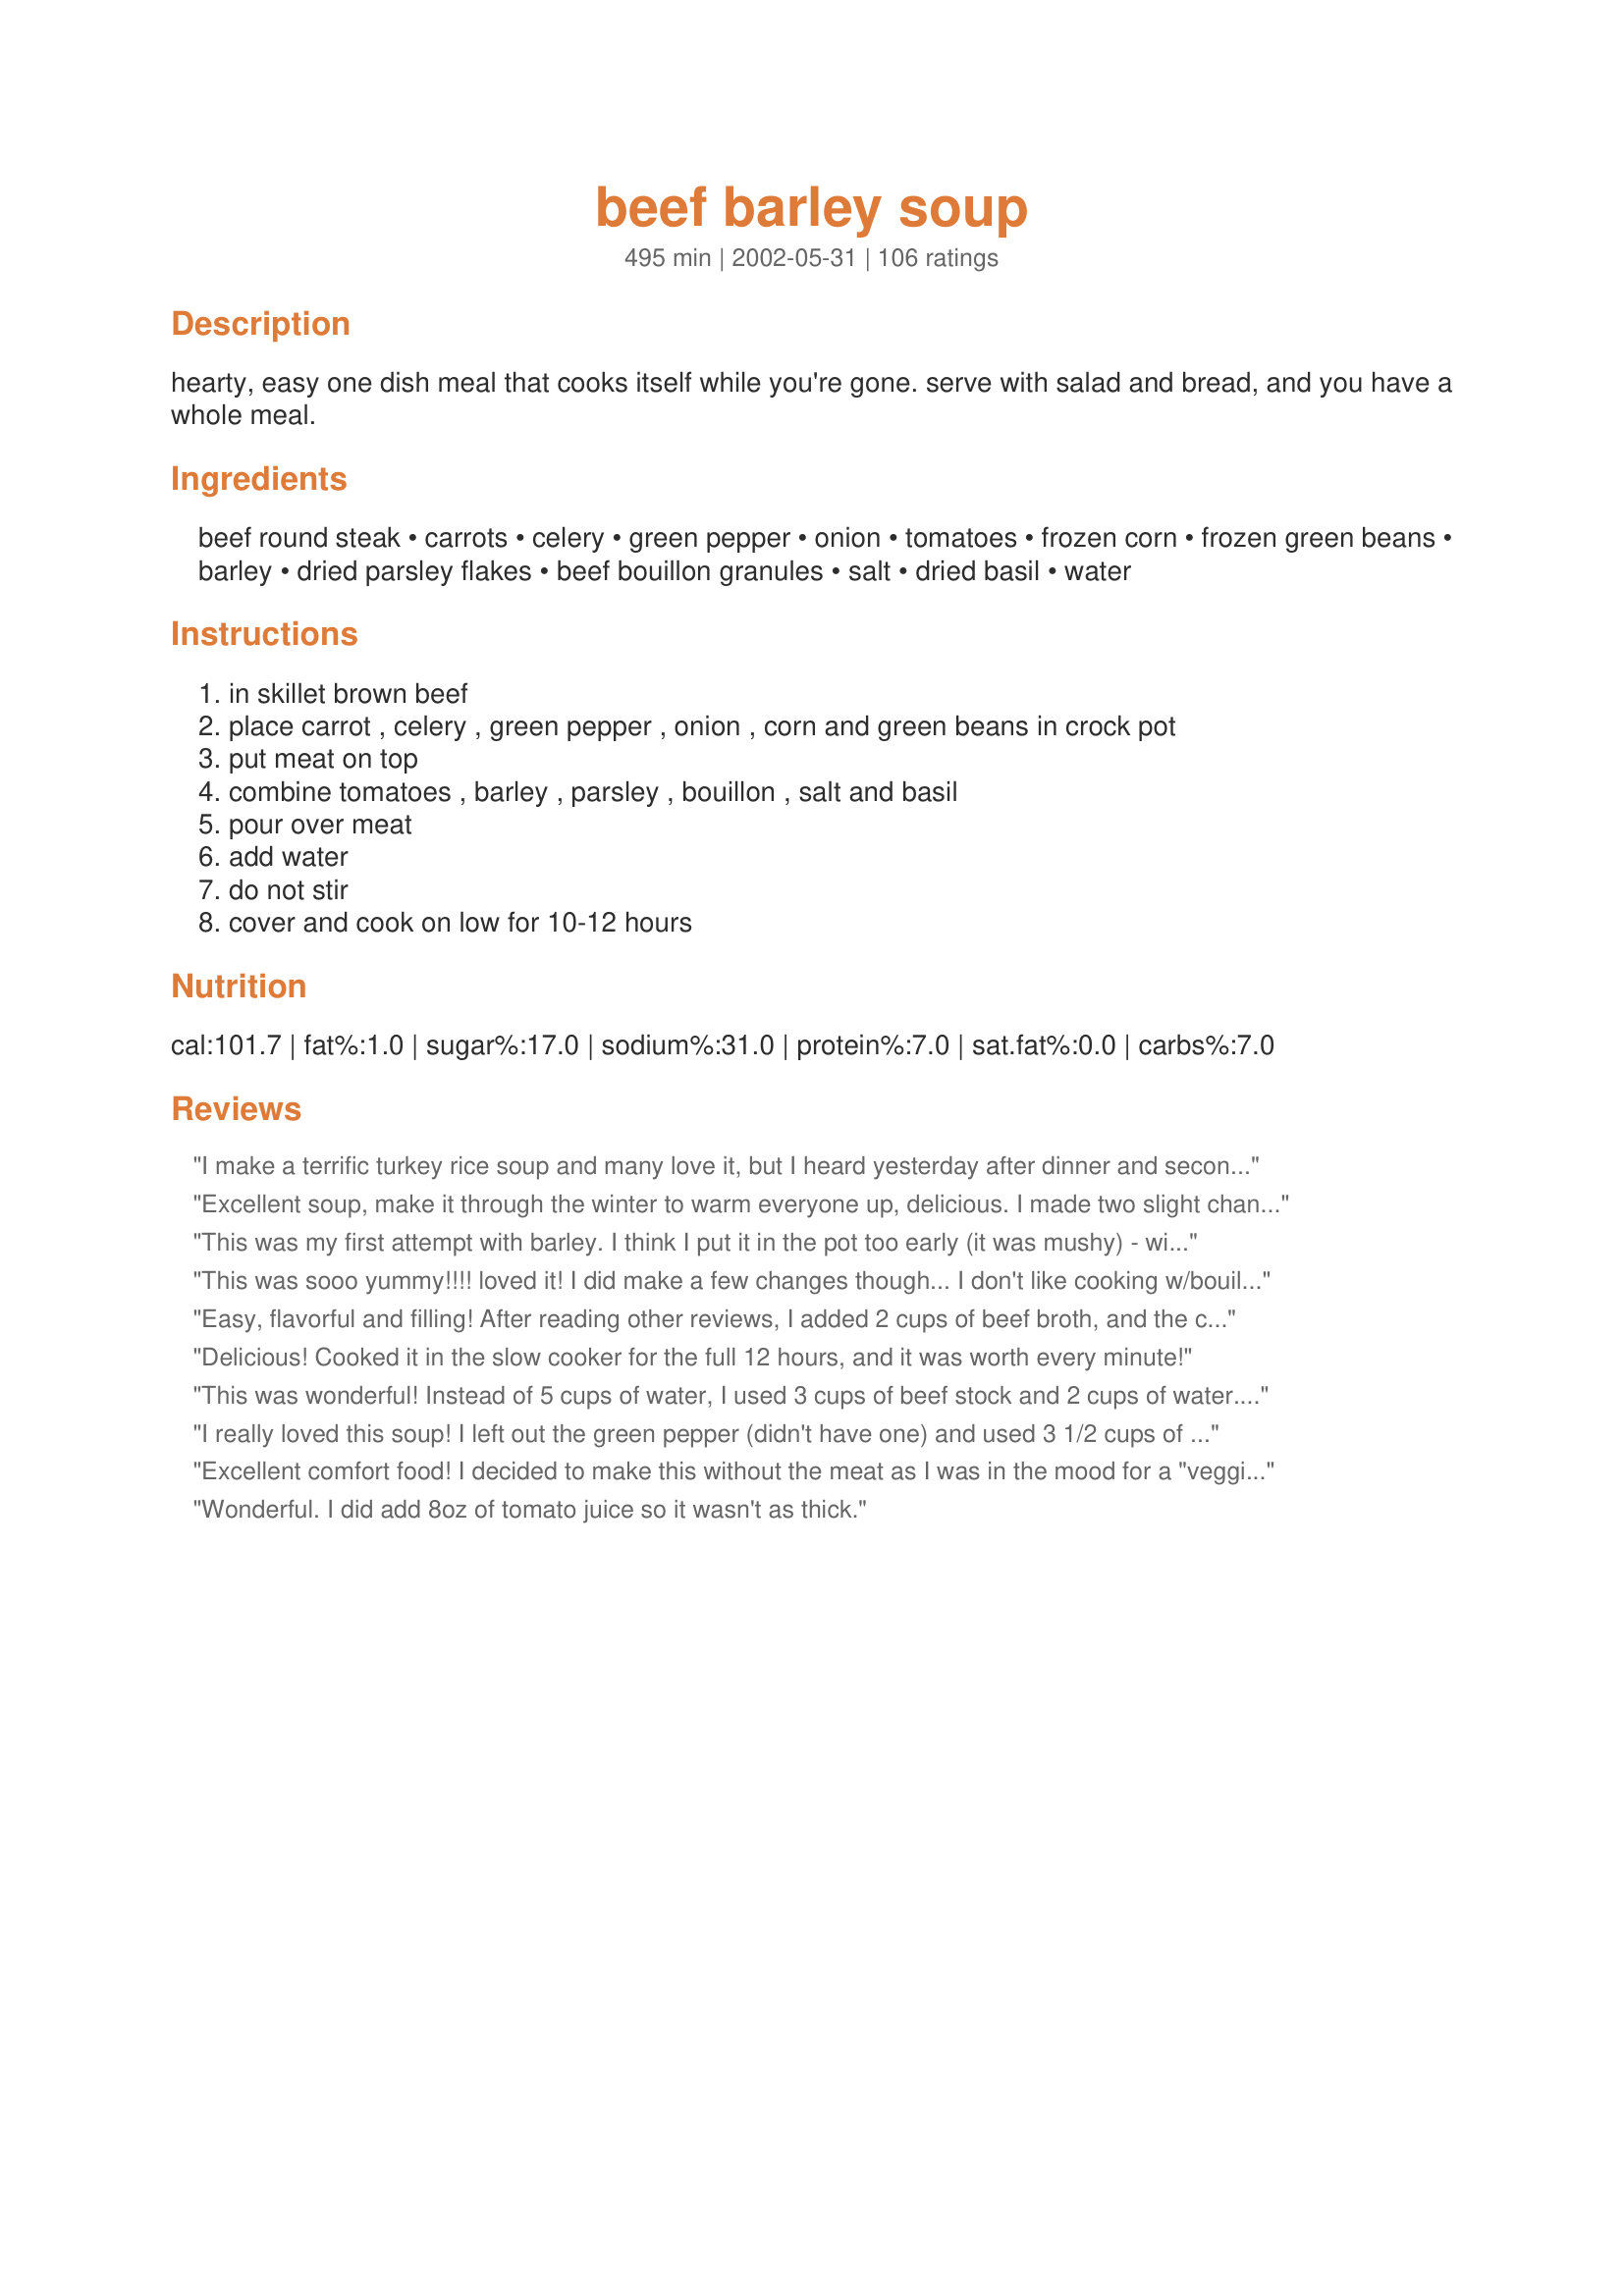
beef barley soup
Preparation time: 495 minutes

hearty, easy one dish meal that cooks itself while you're gone. serve with salad and bread, and you have a whole meal.

Ingredients:
beef round steak, carrots, celery, green pepper, onion, tomatoes, frozen corn, frozen green beans, barley, dried parsley flakes, beef bouillon granules, salt, dried basil, water

Steps:
in skillet brown beef, place carrot , celery , green pepper , onion , corn and green beans in crock pot, put meat on top, combine tomatoes , barley , parsley , bouillon , salt and basil, pour over meat, add water, do not stir, cover and cook on low for 10-12 hours

Reviews:
I make a terrific turkey rice soup and many love it, but I heard yesterday after dinner and seconds and thirds were being enjoyed, that this Beef barley Soup beats the Turkey Rice hands down. I did start with leftovers from our pot roast the night before, but there wasn't enough for a second meal, so I opted for the beef barley soup, yours!! Outstanding!! I was asked to bag and freeze the rest, because my wife knows of friends and family that will want to try it, and so it goes!!
Excellent soup, make it through the winter to warm everyone up, delicious. I made two slight changes - instead of beef bouillon I used 3 Knorr's beef cubes. Instead of 5 cups of water I used 32 ounces of beef stock and one cup of water. I did cook it on low for 10 hours so next time will prep the day before. Definitely a winner in our family of picky eaters and that is saying something!
This was my first attempt with barley. I think I put it in the pot too early (it was mushy) - will probably wait until the last hour or so next time. Soup had great flavor and the meat was really tender. I don't think you needed the 2 tsp salt - the boullion had enough salt for us. Doubled the amount of all veggies - very good served with cornbread.
This was sooo yummy!!!! loved it! I did make a few changes though... I don't like cooking w/bouillon - too salty for me - so instead i substituted my homemade beef stock instead and i added about 10 cups instead of the 5 cups the recipe calls for as i thought it was looking too "stewy" i also omitted the green beans and instead added 2 potatoes cubed. also when browning the meat i added some minced garlic and threw in the chopped onions with it - i like cooking it w/the beef first then threw it all in the crock pot... definitely a keeper and will make again!!! oh and served this with crusty french rolls - OMG!
Easy, flavorful and filling! After reading other reviews, I added 2 cups of beef broth, and the consistency was perfect and hearty. Thanks, papergoddess!
Delicious! Cooked it in the slow cooker for the full 12 hours, and it was worth every minute!
This was wonderful! Instead of 5 cups of water, I used 3 cups of beef stock and 2 cups of water. It was a little dry at the end, so I stirred in another cup of water and added an extra beef boullion cube. I didn't have a green pepper in the house, so I left it out. It makes a TON!
I really loved this soup! I left out the green pepper (didn't have one) and used 3 1/2 cups of beef broth, 1 1/2 cups water, and 1T of beef base. Also, I didn't have 12 hours to wait, so I cooked on high for 3 hours, then switched to low for 6 hours. The flavor was outstanding- rich and beefy, and the vegetables were tender without being mushy. I think that next time I will add more vegetables and barley, but that's just a personal preference. This soup deserves five stars as is- please try it!
Excellent comfort food! I decided to make this without the meat as I was in the mood for a "veggie-barley." Let me tell you, this recipe did not suffer from the lack of beef. I did add a couple of extra boullion cubes to make up for the flavor that might have been lost. It was great! As someone else mentioned, it did come out quite thick, so if you prefer a more liquidy soup, it's no problem to add extra water or broth (as I did). Great recipe PG. Thanks for sharing. This was served with a beautiful salad and some warm bread. Will be doing this one again and again!
Wonderful. I did add 8oz of tomato juice so it wasn't as thick.
This is 5 star as all the reviews stated! My husband and I loved this soup. I have never been a big fan of barley but my husband is and I made this for him as a treat, but I ended up loving it just as much. I used a lean pound of ground beef in place of the round steak and increased the celery to 2 stalks. I'm always looking for ways to cut the fat content. I also used canned corn as that is all I had on hand. Delicious flavors and the first ever barley soup that I loved! Thanks.
yummy, nutritious, hearty, easy to make...everything i want in a crockpot recipe. best of all, recipe allows for substitutions and/or experimenting with different ingredients and seasonings - comes out delicious every time. thanks for a keeper.
I look for great crockpot recipes and this is going in my book! Easy to put together, smelled great, and tasted better! I used only 1 lb. round steak because I'm trying to stretch out the meat and I forgot the green pepper. I added an extra 3 cups of water for a total of 8 cups and added an extra Tablespoon of instant beef boullion....the soup seemed pretty thick otherwise. I took a cue from Chefmuffnette and served with French Bread Rolls to Die For #60382.
I think we are all going to bust!! This was great and easy to make. I did not brown the beef in the skillet like you said just lazy I guess. I started my crockpot on high for 1 hour then turned it down to low for 7. We love how thick it came out in the end. I think you could add more hot water if you'd like yours not as thick. Thanks for sharing this recipe.
A great hearty stew - delicious flavor. I used peas instead of green beans, and did not use the parsley flakes. The meat and carrots were still not tender after cooking all those hours in my crockpot, so I dumped it in the pressure cooker for about 40 minutes to finish, and it was perfect. This is a keeper.
I made half a recipe on the stove early in the day so when I went to reheat it, I needed to add 1 c. water. Great flavors and very filling.
Loved this recipe! It was hearty and delicious, plus smelled wonderful while cooking...it is definitely a keeper...thanks for sharing it.
Just got this all chopped up, browned and in my crockpot, I can't wait till tonight! It's 40 degrees and Hubby is sneaking in one last round of golf before winter, he'll be frozen when he gets home, this will hit the spot! I was unclear about the peppers, it says 1/2 green peppers, not sure if that was supposed to be 1/2 a pepper, or 1/2 a cup of peppers. I used 1/2 a pepper, as hubby's not too fond of them, but I love them. I also skipped the tomatoes and added a large can of tomatoe juice instead as some added more broth to make it soupier. I'll post back tonight and let you know how it is! I agree with Mama Dean, it took me longer than 15 min. to chop it all. Either Papergoddess is one of those chef's you see on TV with their ginsu knives just a flyin' or she used a food processor, hehehe! I found this website yesterday and have spent hours browsing, I love that it's real people and real food my kids might actually eat! Happy Chopping Everyone!
A made this soup a few weeks back and it was great! Everyone loved it, including kids from ages 5 to 17! And it is super easy!
I made this the other night for dinner and it was wonderful. I didn't add the green pepper, I didn't have any. Tonight we are having the leftovers. I had to make this on the stove, I didn't have time to make this in the crockpot. This will be made again for sure. Thanks for posting!
Delicious! I only had 1 1/4 beef round steak on hand and I did add 1 can of beef broth to the soup for more broth. It was absolutly perfect. Thanks for a very easy and very tasty "keeper" recipe!
Very good! I plan to add more meat and corn the next time, just because they are my favorite ingredients in this recipe.. I need to dice everything smaller, too.
Oh, so good! Thanks!
Wow! This was both delicious and super easy! I made a few modifications based on necessity... like other reviewers, I didn't brown the meat ahead of time and it seemed to come out just fine. I used 2 cups of fresh green beans instead of the 1/2 cup of frozen and I omitted the corn entirely (more on that in a minute). I also used fresh plum tomatoes (about 5) instead of the canned tomatoes and vegetable bouillon instead of beef ('cause that's what I had). I also used a full teaspoon of basil as it was the end of the jar and I wasn't going to put 1/4 teaspoon back on the shelf! Other than that I followed the recipe exactly and it came out thick and delicious (more stew than soup) after about 10 hours on low in my (almost overflowing) 6-qt crockpot. This is the very definition of comfort food. I am on the 17-day diet and it is a perfect lunch for the second cycle when you can eat natural grains. I left the corn out to minimize the natural grain to just the barley. It tastes so decadent and filling that I can hardly believe it's perfectly okay for my diet. But it is! So enjoy this hearty, healthy, guilt-free soup... I know I did!
Oh Yum! This was a really easy and tasteful soup. I used homemade beef broth instead of bouillons which did cut down on the salt. Also used fresh mushrooms instead of the corn. I did brown the meat this time but I don't think it made much of a difference so next time I will use raw. So, papergoddess, add me to your list of fans.....I'll be back!
Nice easy tasty soup
This is really superb! Perfect amount of barley, beef, broth and veggies. Try using ox-tails for a special treat!
14 inches of snow, a Christmas tree to decorate, White Christmas on TV and Beef Barley Soup in the crockpot. YAY! I&#039;ve made this soup several times. It&#039;s very forgiving for swapping out veggies. I&#039;ve used canned, fresh and frozen veggies and it never fails. I like the thickness but it&#039;s easy to add a little more liquid (water or broth) later in the cook time to thin it out a bit. Wonderful recipe. Remains one of my favorites!
Excellent!! Everyone raved about it. I added 1 c. sliced asparagus I had in the fridge. I used 8 fresh Roma tomatoes cut up instead of canned. 2 celery sticks, 2 large + 2 small garlic cloves, diced very small, 1 c. barley, toasted in saucepan with 2Tbsp. Butter. For bouillion I used 2 servings of Know beef stock.
excelent recipe , I didnt have some of the ingredients but it turned out realy good anyway!
kirt
this is a very good soup I made it in a dutch oven then heated it up the next day, tried it on company & they liked it too, got to the end of making it & thought I didn't put potatoes in it maybe next time
living solo , this is an amazing meal, simply freeze the leftovers! I take it to my father's and he loves it as well!!
Sales very well at our rest.
This is a pretty good stew. I used only 1lb. beef and doubled most of the veggies. Also made it on the stove top instead of a crockpot. Thanks very much.
Followed the instructions except for the crockpot (used a Dutch oven) and adding a splash of Worcestershire. It was ready after 8 hours on low heat. Excellent reviews by the entire family.
This soups was absolutely amazing!!!<br/>My kids devoured it.<br/>Ingredients and portions were perfect.
OMG!!! This is the BEST beef barley recipe EVER! I used a little more celery, and no green pepper (not my thing) and changed up the water for Beef Broth (skipped the boullion cube) and it was a hearty, tasty soup. I have already made this soup twice, and will be making it again tomorrow! LOVE IT!
I love this soup!!!! I wish I could give it more than 5 stars! I am so glad I tried it out. The flavors are rich and hearty and perfect for a chilly autumn night. I only used the carrots, celery, and onion and increased the celery to 1 cup as I left out the green beans and corn. The other thing I tweaked was using 4 beef bouillon cubes instead of only 2. I also used canned diced tomatoes so I wouldn&#039;t have to cut them myself. I did brown the outside of the meat but left the middle rare which didn&#039;t add to much extra time to the prep. I will definitely be making this soup again. Thank you for posting the recipe! My new favorite!!!!!
This was a nice, hearty soup. I left out the green peppers (just wasn't in the mood for them). The smell of this soup while cooking is enough to make your stomach growl in response. It was a bit bland, but better after the addition of pepper and a little more salt. Will probably make again, as it is super easy. Ya gotta love those "fix and forget" meals during the busy week nights.
I've made this recipe a few times, and it is still a family favourite. I use about 2 pounds of ground beef instead of the beef chunks, browning it before adding it to the crock pot. I also find 1 tsp of salt enough. Other than that, excellent as written! Wonderful with a salad and some crusty bread!
Made this yesterday, and I thought it was good. It was on the thick side, more like a stew than a soup. Though I most definately could have done something wrong, it was still good. I love the fact that it has a lot of veggies in it. Definately one to make in the winter using the frozen veggies from the garden. Thanks for sharing.
I made this for my dd and sil... I cannot eat too much with tomatoes in but this is the scoop. I asked them how is was and out of 5 stars how many. They said 4 stars and the one thing they mentioned was it needed more liquid. I read the reviews before hand and I used one carton of beef consomme which totalled 4 cups then I added 2 cups of water to that. It was thick but not like stew. They loved it and the recipe is a keeper. Oh and for the tomatoes I used diced Italian.
I will never use another recipe again...this was quick, easy and incredibly delicious. Not to mention the amazing aroma when you walk in the door after its been cooking all day!
This recipe was great. I did not have any green beans so, I used green peas. I did increase the amount of peppers, corn, peas, and barley. I also cooked the soup on high for 5 hours instead of 10 to 12 hours. The whole family loved it. I will certainly make this soup again. Thank You!!
I spent 15 mins trying to sign up so i could comment on this. I spent $25 on grass fed beef so i could make this. It came out laughably bland. Omg. Inedible in my opinion. God only knows why this recipe has 5??'S. I added extra seasoning including fennel, rosemary, and bay leaves. Still bland. I would rather serve Progresso soup. This was shit. We added FRESH parsley and extra fresh veggies. Here's the secret to make it palettable. HOISIN SAUCE. Seriously. Made it edible, and actually quite delicious. DO IT! PUT THAT SAUCE IN...you will be glad you did. Otherwise i feel sorry that you think this soup is 5??'S. You know it's not......
Going to make it today! OOPS! Didn't realize rating would be 1 star, unfair since I haven't even tried it, yet. Highly confident that it will be at least 4 stars after 1st sip tomorrow (we make most soups 1 day in advance).
This was a fantastic soup. My whole family really enjoyed. I do feel it could have had extra broth but over all it was great. I will be using this recipe over and over again. Thanks for posting.
We're not big meat eaters so I used only 1 pound of beef chuck. It was delicious. The next day I added some beef broth because it had thickened up. Still wonderful. Thank you, it reminded me of my mother's beef barley soup.
Mine ended up more like beef barley STEW insted of soup, but that was not a problem. I kind of made a few changes. I omitted the green beans and pepper and increased the celery, corn and carrots. I also added two browned soup bones and used shank. This recipe *filled* my 6 1/2 litre crockpot, and so I had to cook it for a longer period of time on high. Delicious cold weather comfort food!
Very good and easy to tweak. Used stew beef and it was delish. Even though it is July, I was really in the mood for soup and did not want to heat up my kitchen so the crock pot was the way to go. Thanks for a great recipe!
I think the protein is off. 2 lbs of beef would render more that 2.6 grams of protein.
Excellent recipe! I used very lean stew meat and followed recipe exactly. Great cold weather meal with some fantastic bread or biscuits!
Absolutely wonderful! I followed the recipe exactly, but did not have time to brown the beef. It was thick and flavorful - my husband could not stop raving about it. Papergoddess - you must chop a lot faster than I do, though - it took me 30 min. of prep time instead of 15 (maybe because it was 6:30 a.m. when I was chopping!) I cooked it on low for the full 10 hrs. The whole family liked it (which is no small feat). Thanks!
I really enjoyed this recipe. I did add more water as some had suggested(4 cups more), and 3 Garlic cloves and 1/4t celery salt.
I needed to use up some barley and found this recipe. I didn't brown the meat, just placed it on top of the vegetables, I used some sirloin that I knew was tough and it came out very tender. I added extra celery, 2 stalks, including leaves, a zucchini, 1/3 cup red lentils and 1/2 teaspoon chilli flakes. What a great soup for cleaning out cupboards, fridge and freezer. I cooked it in the slow cooker for 5 hours on high and it was cooked to perfection. It is a very thick soup, some might like to add another cup or 2 of water. This is a winner, instead of using up the barley I will be going out to buy some more. Barley is so good for you too.
A very good soup but very thick. I added more beef broth to return it to a soup consistancy. The flavors were much better the next day.
Made this yesterday, the weather is beckoning for soup to be made! Followed exactly (try to on first time recipes) did have to add more liquid to my taste. I added a can of beef broth just before I served it and a litle more bouillon. I chopped veggies and the meat the night before, so assembling before works took no time at all. My DH and I really enjoyed this soup. It makes a lot, so will probably end up freezing some for lunches. Yummy! Oh, and the house smelled wonderfully when we arrived home.
Excellent Beef Barley soup. Have made this several times. It's a keeper!
I was very disappointed. After 12 hours the carrots were still crunchy. I served the soup to a handful of ladies for lunch and 2 left theirs behind after just tasting it. Next time I&#039;ll make the old fashioned beef &amp; barley that&#039;s very beefy, and not so heavy on the veggies.
SO SO SO SO FREAKING GOOD! Other than fresh vegetables stated in the recipe, I also added a cup of frozen mix veggies. Instead of cooking on low for 10-12 hours, I set my crock pot on high and the wonderful soup was ready after 6 hours! My entire house smelled like heaven. My DH couldn&#039;t wait. He went check on the soup pretty much once every hour while it&#039;s being cooked. Must cook!! Thanks a ton for this awesome recipe!
This was great! I had two soup bones that had a good amount of meat on them so I used that. I also didn&#039;t have any diced tomatoes and so I used a 14 oz. can of tomato sauce instead. I kept the liquid the same, but I think next time I will add some extra because it was more like a stew. I cooked this on high for 5 hours while we were at church and came home to a wonderful smell when we walked in the door.
THIS. WAS. AMAZING!
I took the bones left over from our Christmas dinner standing rib roast and simmered them (some meat remaining) with an onion (quartered), chopped celery and carrots, several thyme sprigs and bay leaf for three hours in enough water to cover everything in the pot. I strained the broth off and used six cups of that instead of water and bullion in this recipe. It was delicious.
Wow! I drug out the 'ol crockpot and dusted her off, just to try this recipe.. it is an A+ keeper!!
 I agree with all that more liquid used does make for a true soup texture but you have the honors of taking the prize for stew and soup. Loved it, and thanks for sharing!
 Oh, I did season my roast before browning and added 3 cloves of crushed garlic. YUM..
Thank you for sharing this excellent and easy recipe. I used venison and it turned out amazing! I did not use the bouillon cubes and I think it was fine without it. This freezes well too FYI.
I had this cooking in the crockpot all day while I was baking and watching football. It was so good! l love how quickly it was to put together, and I especially love the calories being so low. This will definitely go into our regular soup rotation this fall and winter!
idk
This was great! I left out the green beans - just forgot, but I added about a cup of mushrooms. I also added a couple of dashes of worstershire sauce and subbed steak seasoning for salt and pepper. I would prefer a little more barley, so I'll add about a cup next time. Thanks for a great soup!
This was so good and made more than enough for the two of us. Oh, holy cow. It was so good. Honestly, I only followed the recipe ingredient wise, so I have no idea how much of anything I added. Not that it matters cause we were in food heaven and have plenty of leftovers. Foodtastic!
Definitely easy and definitely hearty. No complaints from any of the fam and that is a big deal! Served it with homemade bread--a true comfort food meal. Will make this again, thanks!
One of my favorite soups. I made this for my family and I sorta cleaned out the fridge for it. I used leftover corn, green beans and some carrots and celery stick I had cut up. Perfect. And to top it off, the soup tastes great. I love love love beef barley soup and this is a great one. Thank you so much for sharing with me and my family.
This is very good. I made it with sheep. As I put everything in the crockpot, I realized I didn't have any barley in the house so I cooked it without. Then, when it was almost done, I removed 4 cups of liquid, brought it to a boil in a stockpot, added the barley and cooked it separately. Then, I added it all back to the stew. It was yummy and filling.
Thank you for this! I developed an allergy to tomatoes and potatoes years ago. I didn't think any version of beef stew was worth even preparing without those ingredients. Your recipe is so good! It had the thickness, warmth, and comfort in a bowl that I've been missing for YEARS. Yum. I left mine in the crockpot for about 11 hours. I also needed to add more liquid, so I poured in a box of prepared beef stock, just so it loosened it up a bit.
Believe it or not, I stuffed this whole recipe (minus the water) into my 3 qt. crock pot (the broken 6 1/2 qt is in Rival's possession), which I thought would hold it until I got to the meat later! Too late to undo. Anyway, I used frozen baby carrots, 1 can of chicken broth (no beef bouillon), 1 tablespoon Worcestershire sauce, and only enough water to keep from overflowing my over-stuffed crock (about 1 1/2 cups!). I left the crock pot on over night (sitting safely on a cookie sheet to catch the spills!), and was so pleased with the final results. The barley cooked, the meat was tender, and all I needed to do was stir in the rest of the water (bonehead for thinking it would all fit in the first place!). Very good, thank you.
DH and I really enjoyed this--it was definitely more like a stew, though. It was so nice to throw everything in the crockpot in the morning and come home to arm homemade stew. DH went back for more and loved the leftovers.
As the weather turns cold, I love to serve up soup and homemade bread. This soup was easy to prepare and tasted great. I also added 1 can of beef broth and only 3 cups of water.
I would give this more than 5 stars if I could - perfect meal on a chilly fall day! I didn't brown the beef, just put it in the crock pot. I didn't have frozen corn or green beans on hand, so I substituted 1 c. of frozen mixed veggies, and I added 3 fat cloves of fresh garlic, minced. Mine didn't come out thick like others have said - no need to add extra water. Next time I might add some sliced mushrooms.
Great flavor and great taste. I prepared as listed with a few addititons. I added an extra stalk of celery, 1/2 lb of sliced mushrooms (placed on top of the green peppers) and added 1/2 cup of red wine along with the water.
I will absolutely make this soup again.
great recipe, we all loved it and i will definitely make this again. i didn't have tomatoes so i added a can of tomato sauce and instead of the beef cubes and water i added a liter of beef broth, it came out more like a stew than a soup. we had it with pumpernickle bread to sop up the delicious gravy.
This soup is sooooo good! I loved how thick it was too. I almost stopped short of the slight creaminess that happens and I'm so glad I didn't. It was good when it was brothy but once the barley gave off a bit of thickener, it became amazing. This soup is full of flavor and so easy. This will likely replace stew in my house!
This was so easy and delicious. I used mushrooms in place of corn and green beans, and I put in 5 cups beef broth and 1/4 cup of sherry cooking wine. I didn't have basil, so I used thyme. I was very pleased with the results. Thanks for a keeper!
Used fresh pepper, green beans and canned niblets then cooked on high for two hours. Turned to low for another 6 1/2 hours. Added some Worcester sauce at the end. Was happy with results.
Made as directed with no changes. Easy to make and smelled and tasted wonderful! The only thing I would do different next time is to add some frozen peas and a clove of garlic (personal taste) Thanks for sharing!
This is a real winner!! I made as directed and added 1/4 cup lentils, and a can of low sodium beef broth. This is packed with good beefy flavor, we really loved it!
I added a cup of water, as others suggested, and it turned out AWESOME! DH loved it!
I have made this three times already & it is wonderful. I have substituted when necessary. A can of corn at the end of cooking time instead of frozen one time. Used beef shanks instead of beef round this past time and I think I like it better as the bones flavor the stew so well and the beef shreds up nicely. I usually cook on high for the 1st hour & then low for 7 hours and it's perfect! I will continue to make this EASY, one dish (crockpopt) wonder all winter long. THANKS!
WOW. I rarely feel this strongly about a dish, but this is absolutely the best soup recipe I have made EVER -- and I have made A LOT of soup. I made mine stove top, but otherwise stuck straight to the recipe. We had it for dinner last night and it was great, but I just pulled it out of the fridge and microwaved a bowl of leftovers and it about knocked me flat it was so good. =D
I made this so that it cooked overnight in the crock pot for the next days dinner. I have two boys in college that are always looking for something to eat. My problem is when I got up in the morning they already had it for breakfast. They just could not wait till dinner. I make it as directed and add as many extra veggies as the crock pot will hold, adding extra broth if necessary to cover.<br/>When it is cooked it is very thick so I put it in another large pot and add beef consommé, water. This gives you more soup but it can make it bland so I add V8 (12 onz can), hot sauce, Herbamare herb and vegetable spices, soya sauce, Worcestershire sauce, all according to taste. I have made it with stewing beef but because it is more fatty I had to remove some fat from the top of the soup before serving.
Okay, I did not follow the recipe exactly, but I did use all the ingredients as listed. Great soup! I made this recipe in a dutch oven on the stove top. I cut up the meat and boiled it for about 20 minutes. Then mixed things together, brought it to a boil and simmered for 90 minutes. I also added some new potatoes and cut up squash.
Thanks for sharing this....this is really a good soup. I love anything with barley in it!
We all gave this recipe 5 stars. I used 2 cans of beef broth, plus water to equal 5 cups, didn't have any bullion cubes. Think I'll increase the liquid next time. Great comfort food. Papergoddess, thank you.
So simple and easy to prepare ahead. I did all my chopping the night before and mixed together in a bowl. Next day just pour in veggies and tomato mixture and meat. Done, done and done!
This is one of the BEST things that has ever come out of my crock pot! I replaced the frozen veggies with some turnip and mushrooms, and dissolved all the tasty fond from the skillet into the water before adding it in. I didn't have time to do the extra-slow cooking, so I set it at high and hoped for the best. It was ready to eat in 3 hours and both the pearl barley and beef were well cooked and tender. DH told me to hold on to this recipe... sure sign of a real success!
Delicious...even in hot Texas weather.
I'm so sorry, but this was terrible! It was so bland and just really wasn't anything special. I tried to liven it up and give it some flavor, but it was a lost cause. I may try again, but alter several things to give it a boost.
Really good! Hubs even liked it and he can be iffy with things like barley. Into the cookbook this goes.
I must agree with a couple of posters and disagree with some others. I've been making this [very similar] soup for many years and yes, I always do mine [slow boil] on the stove, tastes a lot better and takes a lot less time, about 1&amp;1/2 to two hours only. Also, absolutely do brown the beef first, the browning tidbits add a great deal more taste to the soup. Then, instead of 5 cups water, I always use &quot;Knorr Homestock Beef boulion&quot; [add one to 3&amp;1/2 cups boiling water] then add two cans of &quot;Campbells Beef Broth&quot;, adds to the beef flavour and no need to add any water. Oh yeah, you can add a small handfull of rolled oats and a cubed potato. Yummy in my tummy!
I really enjoyed putting this together as I don't get a chance to work with barley much. I use a Krups/Slow Cooker/Rice Cooker which I love but it tends to cook faster than most so mine turned out perfect in 7 hours. Seemed to offer everything you could want in a beef barley soup. I used about 4 cups of beef broth instead of the water/cubes.
Loved this soup and have made it twice. Both times I ended up adding about 3 cups of beef broth at the end, as most the liquid was absorbed. Cooked on LOW the first time and on HIGH (about 6 hours) the second: Same results. I also used quick cooking barley, as it was all I could fine. I just added it with an hour to go and it turned out great.
Beef Barley soup has always been my husband&#039;s favorite soup. I am now a hero because of this recipe. I halved the recipe. I browned the meat in a couple of tablespoons of oil and then when I removed the pieces from the skillet, I added a couple of teaspoons of chopped garlic and cooked that until fragrant. I accidentally left the soup in the crockpot for over 12 hours but it did no harm. The consistency was perfect.
Very good! I cooked it the full 10 to 12 hours on low. Delicious! The whole family loved it and was even better when reheated. Next time I would use a full cup of barley and add a few tablespoons of tomatoe paste. I used stew meat because that's what I had and meat was melt in your mouth tender. This recipe is a definite keeper!
tonight is the third time we will have this soup. I have 1.5 pounds of leftover eye roast....shuld be perfect and make cooking time a lot less...I&#039;ll simmer for 3 hours. I do add garlic clove and use Whole Foods beef broth or their french onion soup as a twist to this great comfort food recipe. I have shared it with several other soup/stew lovers...thanks!
This is GREAT soup, Dh loved it. Didn't change a thing except to pre-cook the barley. That took care of the thickness and the consistency was perfect.
This soup is superb! Got carried away with a good buy on a round tip roast and doubled this recipe. But, it wouldn't fit in the crockpot! I put the other half in a pot on the stove. The soup on the stove was so much better than the crockpot. It is the best barley soup I have ever made!
This hearty soup is a great way to welcome that first cold front of the fall. We all loved it and even our boys 4 and 2 ate their fill. This one is definitely going in my cookbook.
Love this soup. Excellent flavor. As some other reviewers did, I just placed the meat on top without browning 1st. The meat came out so tender. Will be making this often.
Very good tasting soup. We cooked it in a crock and only left out the green beans (don&#039;t like in soups). At about 11 hours I had to had more beef bouillon and water to crock it(in tea kettle boiled water with beef bouillon) was like a stew. 5 cups of water not enough. After a while had soup very good. We enjoyed it.
This soup was all sorts of wonderful. I had an empty fridge, so I substituted some of the vegetables with a whole bag of frozen broccoli stir-fry. Tossed everything for 25 mins on the pressure cooker and added the barley for another 5 mins at the end. Totally delicious and filling soup.
